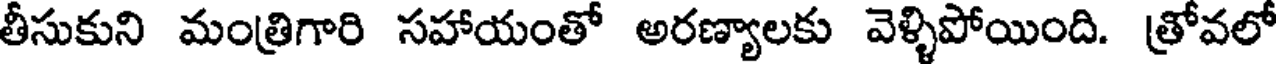
తీసుకుని మంత్రిగారి సహాయంతో అరణ్యాలకు వెళ్ళిపోయింది. త్రోవలో